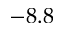
- 8 . 8